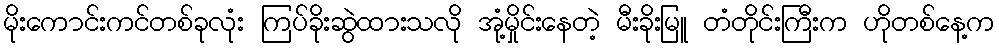
မိုးကောင်းကင်တစ်ခုလုံး ကြပ်ခိုးဆွဲထားသလို အုံ့မှိုင်းနေတဲ့ မီးခိုးမြူ တံတိုင်းကြီးက ဟိုတစ်နေ့က